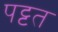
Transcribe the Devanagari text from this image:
पट्टत